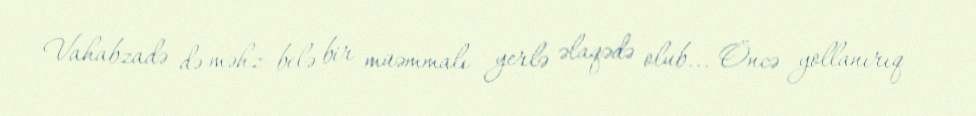
Vahabzadə də məhz belə bir müəmmalı yerlə əlaqədə olub... Öncə yollanırıq